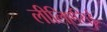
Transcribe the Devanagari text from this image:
लीलिएसिई